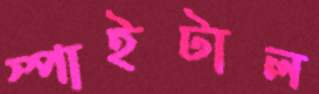
স্পাইটাল